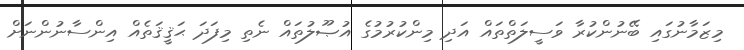
މިޒަމާނުގައި ބޭނުންކުރާ ވަސީލަތްތައް އަދި މިންކުރުމުގެ އުޞޫލުތައް ނެތި މިފަދަ ޙަޤީޤަތެއް އިންސާނުންނަށް